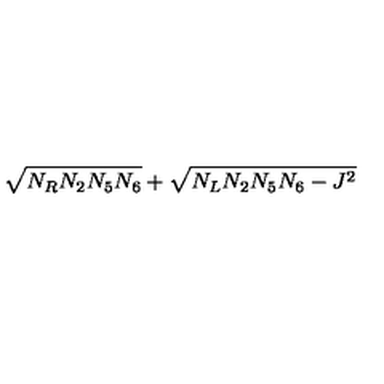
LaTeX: \sqrt { N _ { R } N _ { 2 } N _ { 5 } N _ { 6 } } + \sqrt { N _ { L } N _ { 2 } N _ { 5 } N _ { 6 } - J ^ { 2 } }